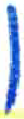
אות: ן